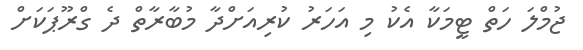
ޖުމްލަ ހަތް ޓީމަކާ އެކު މި އަހަރު ކުރިއަށްދާ މުބާރާތް ދެ ގްރޫޕަކަށް